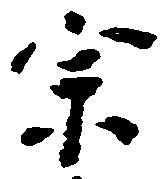
宗